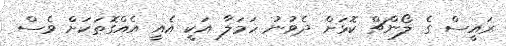
ރައީސް ގެ ލޯންޗް ކޮޅަށް ދެވުނު ހަމަލާ އަކީ އެއީ އެއްގޮތަކަށް ވެސް